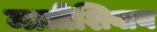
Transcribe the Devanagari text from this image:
मातीशिवाय